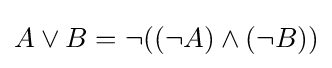
A\lor B=\neg ((\neg A)\land (\neg B))